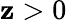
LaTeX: \mathbf{z}>0